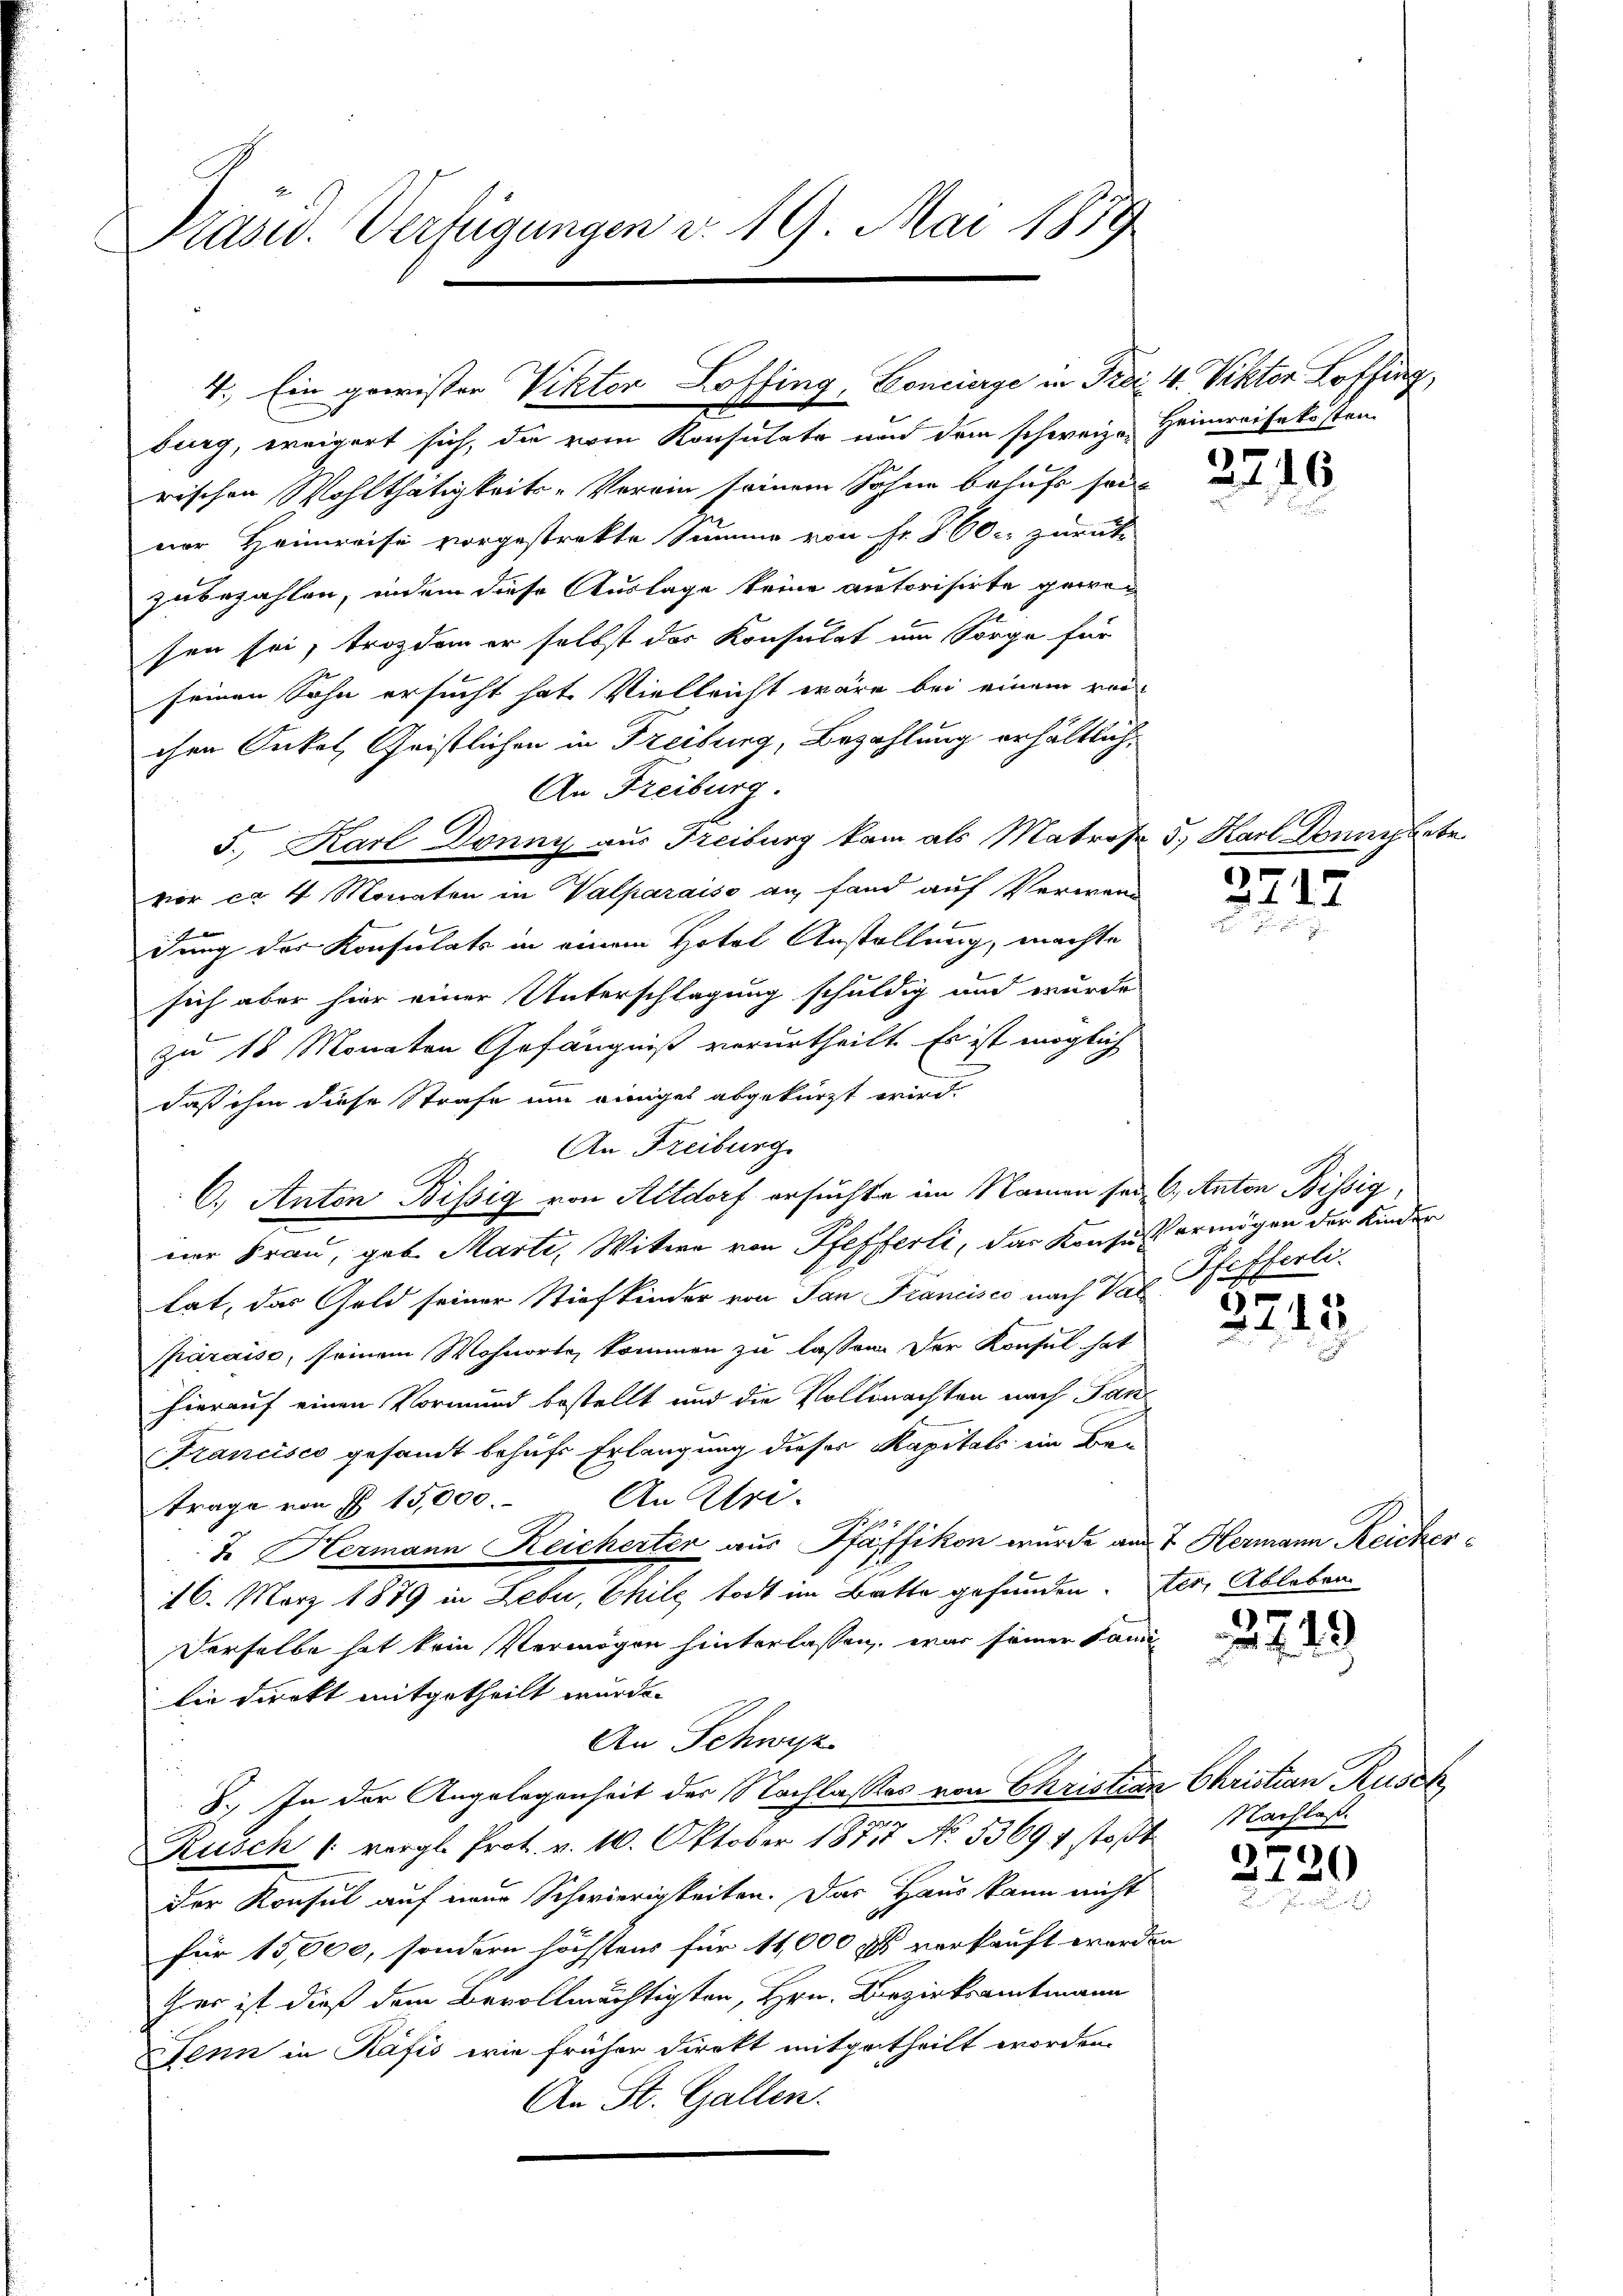
Präsid. Verfügungen v. 19. Mai 1889

rischen Wohlthätigkeit. Vorrin seinem Sohne behufs sein
ner Heimreise vorgestrekte Summe von Fr. S. 60 c. zurück-
zubezahlen, indem diese Auslage keine autorisirte gewesen sei, trotzdem er selbst das Konsulat um Sorge für
seinen Sohn ersucht hat. Vielleicht wäre bei einem vor-
chen Onkel, Christlichen in Freiburg, Bezahlung erhältlich,
An Freiburg.
5., Karl Donny aus Freiburg kam als Matrose
vor ca 4 Monaten in Valparaiso an, fand auf Verwand
.
dung der Konsulats in einem Hotel Anstellung, machte
sich aber hier einer Unterschlagung schuldig und wurde
zu 18 Monaten Gefängniß verurtheilt. Es ist möglich
men
daß ihm diese Strafe um einiges abgekürzt wird.
An Freiburg.
C.) Anton Bissig von Altdorf ersuchte im Namen sei, 6, Anton Bissig,
ner Frau, geb. Marti, Witwe von Pfefferli, das Konsus ermögen der Kinder
tat, das Geld seiner Stiefkinder von San Francisco nach Das Pfefferli
Pparaiso, seinem Wohnorte, kommen zu lassen. Der Konsul hat
hierauf einen Vormund bestellt und die Vollmachten nach Jan
Francisco gesandt behufs Erlangung dieser Kapitals ein Bau
An Ulri
trage von § 15,000.
7. Hermann Reicherter aus Pfäffikon wurde aus 7 Hermann Reicher¬
16. März 1879 in Lebu, Chile todt im Batte gefunden.
Derselbe hat kein Vermögen hinterlassen, war seiner Sam
lie Direkt mitgetheilt wurde.
An Schwyz
8. In der Angelegenheit der Nachlasses von Christiar
Rusch 1 vergl. Prot. v. 10. Oktober 1877 No 53694 stoßt
Der Konsul auf neue Schwierigkeiten. Das Haus kann nicht
6
für 15,000, sondern höchstens für 11,000 fl verkauft werde
Gras ist dieß dem Bevollmächtigten, Hrn. Bezirksamtmann
Jenn in Käfis wie früher Direkt mitgetheilt worden.
An St. Gallen.

4. Ein gewisser Viktor Loffing, Concierge in Frei- 4. Viktor Loffg
burg, weigert sich, die vom Konsulate und dem schweiz. Heimreisekosten

2240

5., Karl Bonn lebe

3717

)

2143

ter, Ableben.

2749

a Christian Rusch
Nachlaß.

)
120.